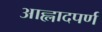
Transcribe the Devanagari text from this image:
आह्लादपर्ण